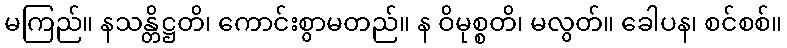
မကြည်။ နသန္တိဋ္ဌတိ၊ ကောင်းစွာမတည်။ န ဝိမုစ္စတိ၊ မလွတ်။ ခေါပန၊ စင်စစ်။